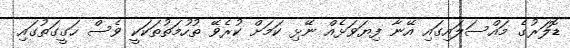
ޑޮލަރުގެ މައްސަލައިގައި އޭނާ ފިޔަވަޅެއް ނޭޅި ކަމަށް ކުރެވޭ ތުހުމަތުތަކަކީ ވެސް ހަގީގަތުގައި